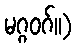
မဂ္ဂဝဂ်။)